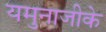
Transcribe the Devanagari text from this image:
यमुनाजीके